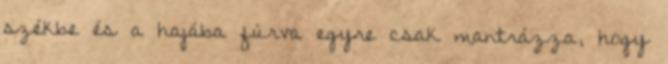
székbe és a hajába fúrva egyre csak mantrázza, hogy